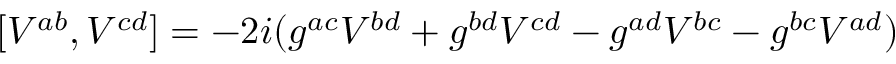
[ V ^ { a b } , V ^ { c d } ] = - 2 i ( g ^ { a c } V ^ { b d } + g ^ { b d } V ^ { c d } - g ^ { a d } V ^ { b c } - g ^ { b c } V ^ { a d } )